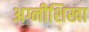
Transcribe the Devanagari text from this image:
अग्नीशिखा